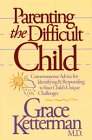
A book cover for Parenting the Difficult Child; Grace Ketterman; Parenting & Relationships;